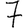
Digit: 7